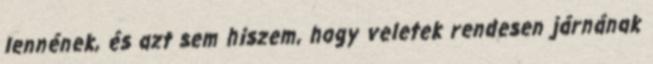
lennének, és azt sem hiszem, hogy veletek rendesen járnának